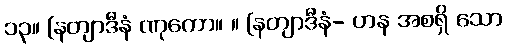
၁၃။ [နတျာဒီနံ ဏုကော။ ။ [နတျာဒီနံ- ဟန အစရှိ သော